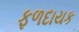
ફળદાયક